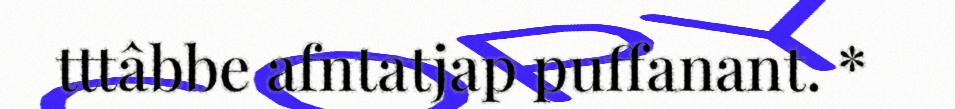
tttâbbe afntatjap puffanant. *